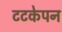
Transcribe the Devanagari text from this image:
टटकेपन